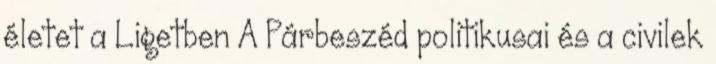
életet a Ligetben A Párbeszéd politikusai és a civilek